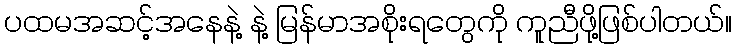
ပထမအဆင့်အနေနဲ့ နဲ့ မြန်မာအစိုးရတွေကို ကူညီဖို့ဖြစ်ပါတယ်။